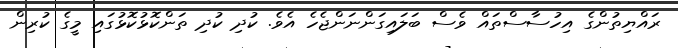
ރައްޔިތުންގެ އިހުސާސްތައް ވެސް ބަލައިގަންނަންޖެހެ އެވެ. ކުދި ކުދި ތަންކޮޅުކޮޅުގައި މީގެ ކުރިން